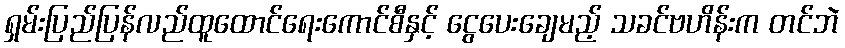
ရှမ်းပြည်ပြန်လည်ထူထောင်ရေးကောင်စီနှင့် ငွေပေးချေမည့် သခင်ဗဟိန်းက တင်ဘဲ